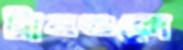
ট্রামগুলো